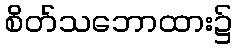
စိတ်သဘောထား၌